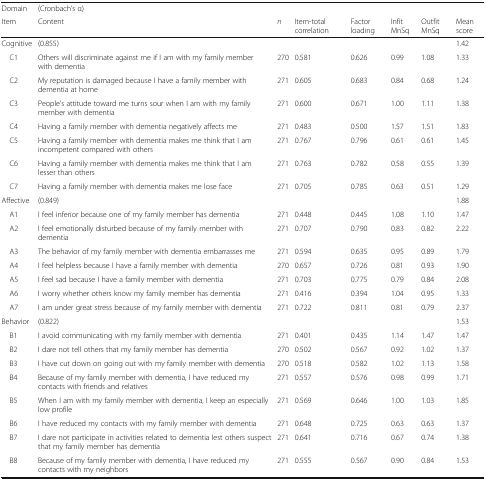
<table><thead><tr><td><b>Domain</b></td><td><b>(Cronbach’s α)</b></td><td></td><td></td><td></td><td></td><td></td><td></td></tr><tr><td><b>Item</b></td><td><b>Content</b></td><td><b><i>n</i></b></td><td><b>Item-total correlation</b></td><td><b>Factor loading</b></td><td><b>Infit MnSq</b></td><td><b>Outfit MnSq</b></td><td><b>Mean score</b></td></tr></thead><tbody><tr><td>Cognitive</td><td>(0.855)</td><td></td><td></td><td></td><td></td><td></td><td>1.42</td></tr><tr><td> C1</td><td>Others will discriminate against me if I am with my family member with dementia</td><td>270</td><td>0.581</td><td>0.626</td><td>0.99</td><td>1.08</td><td>1.33</td></tr><tr><td> C2</td><td>My reputation is damaged because I have a family member with dementia at home</td><td>271</td><td>0.605</td><td>0.683</td><td>0.84</td><td>0.68</td><td>1.24</td></tr><tr><td> C3</td><td>People’s attitude toward me turns sour when I am with my family member with dementia</td><td>271</td><td>0.600</td><td>0.671</td><td>1.00</td><td>1.11</td><td>1.38</td></tr><tr><td> C4</td><td>Having a family member with dementia negatively affects me</td><td>271</td><td>0.483</td><td>0.500</td><td>1.57</td><td>1.51</td><td>1.83</td></tr><tr><td> C5</td><td>Having a family member with dementia makes me think that I am incompetent compared with others</td><td>271</td><td>0.767</td><td>0.796</td><td>0.61</td><td>0.61</td><td>1.45</td></tr><tr><td> C6</td><td>Having a family member with dementia makes me think that I am lesser than others</td><td>271</td><td>0.763</td><td>0.782</td><td>0.58</td><td>0.55</td><td>1.39</td></tr><tr><td> C7</td><td>Having a family member with dementia makes me lose face</td><td>271</td><td>0.705</td><td>0.785</td><td>0.63</td><td>0.51</td><td>1.29</td></tr><tr><td>Affective</td><td>(0.849)</td><td></td><td></td><td></td><td></td><td></td><td>1.88</td></tr><tr><td> A1</td><td>I feel inferior because one of my family member has dementia</td><td>271</td><td>0.448</td><td>0.445</td><td>1.08</td><td>1.10</td><td>1.47</td></tr><tr><td> A2</td><td>I feel emotionally disturbed because of my family member with dementia</td><td>271</td><td>0.707</td><td>0.790</td><td>0.83</td><td>0.82</td><td>2.22</td></tr><tr><td> A3</td><td>The behavior of my family member with dementia embarrasses me</td><td>271</td><td>0.594</td><td>0.635</td><td>0.95</td><td>0.89</td><td>1.79</td></tr><tr><td> A4</td><td>I feel helpless because I have a family member with dementia</td><td>270</td><td>0.657</td><td>0.726</td><td>0.81</td><td>0.93</td><td>1.90</td></tr><tr><td> A5</td><td>I feel sad because I have a family member with dementia</td><td>271</td><td>0.703</td><td>0.775</td><td>0.79</td><td>0.84</td><td>2.08</td></tr><tr><td> A6</td><td>I worry whether others know my family member has dementia</td><td>271</td><td>0.416</td><td>0.394</td><td>1.04</td><td>0.95</td><td>1.33</td></tr><tr><td> A7</td><td>I am under great stress because of my family member with dementia</td><td>271</td><td>0.722</td><td>0.811</td><td>0.81</td><td>0.79</td><td>2.37</td></tr><tr><td>Behavior</td><td>(0.822)</td><td></td><td></td><td></td><td></td><td></td><td>1.53</td></tr><tr><td> B1</td><td>I avoid communicating with my family member with dementia</td><td>271</td><td>0.401</td><td>0.435</td><td>1.14</td><td>1.47</td><td>1.47</td></tr><tr><td> B2</td><td>I dare not tell others that my family member has dementia</td><td>270</td><td>0.502</td><td>0.567</td><td>0.92</td><td>1.02</td><td>1.37</td></tr><tr><td> B3</td><td>I have cut down on going out with my family member with dementia</td><td>270</td><td>0.518</td><td>0.582</td><td>1.02</td><td>1.13</td><td>1.58</td></tr><tr><td> B4</td><td>Because of my family member with dementia, I have reduced my contacts with friends and relatives</td><td>271</td><td>0.557</td><td>0.576</td><td>0.98</td><td>0.99</td><td>1.71</td></tr><tr><td> B5</td><td>When I am with my family member with dementia, I keep an especially low profile</td><td>271</td><td>0.569</td><td>0.646</td><td>1.00</td><td>1.03</td><td>1.85</td></tr><tr><td> B6</td><td>I have reduced my contacts with my family member with dementia</td><td>271</td><td>0.648</td><td>0.725</td><td>0.63</td><td>0.63</td><td>1.37</td></tr><tr><td> B7</td><td>I dare not participate in activities related to dementia lest others suspect that my family member has dementia</td><td>271</td><td>0.641</td><td>0.716</td><td>0.67</td><td>0.74</td><td>1.38</td></tr><tr><td> B8</td><td>Because of my family member with dementia, I have reduced my contacts with my neighbors</td><td>271</td><td>0.555</td><td>0.567</td><td>0.90</td><td>0.84</td><td>1.53</td></tr></tbody></table>